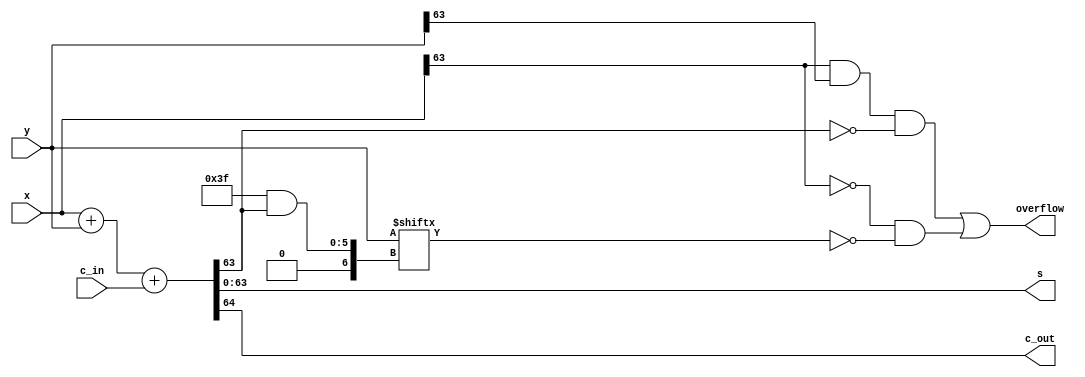
module full_adder_n (c_in, x,y,s,c_out,overflow);
	input c_in;
	input [63:0]x,y;
	output reg [63:0]s;
	output reg c_out,overflow;
	reg [64:0]Sum;

	always @(x,y,c_in)
	begin
		Sum={1'b0,x}+{1'b0,y}+c_in;
		s=Sum[63:0];
		c_out=Sum[64];
		overflow=(x[63]&y[63]&~s[63])|(~x[63]&~y[63&s[63]]);
	end
endmodule